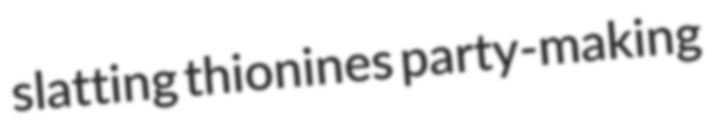
slatting thionines party-making